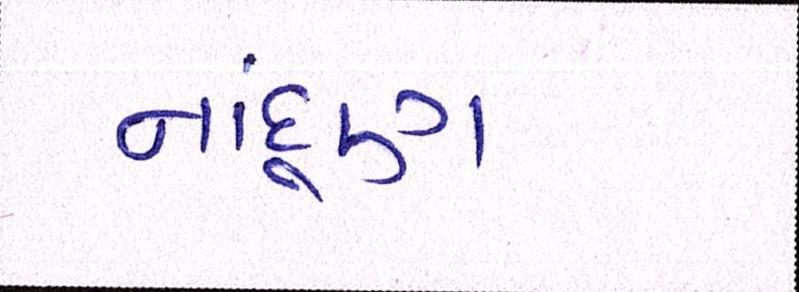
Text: નાંદૂણ